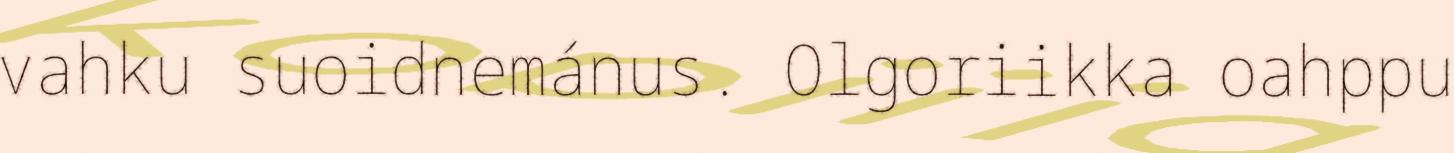
vahku suoidnemánus. Olgoriikka oahppu